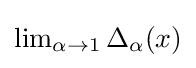
{\textstyle \lim _{\alpha \rightarrow 1}\Delta _{\alpha }(x)}